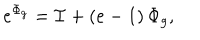
LaTeX: e ^ { \Phi _ { g } } = { \cal I } + \left( e - 1 \right) \Phi _ { g } ,